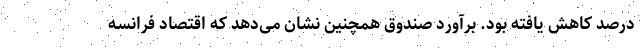
درصد کاهش یافته بود. برآورد صندوق همچنین نشان می‌دهد که اقتصاد فرانسه